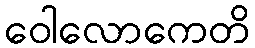
ဝေါလောကေတိ